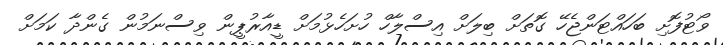
ވޯޓުފޮށި ބަހައްޓަންޖެހޭ ގޮތަށް ބިލަށް އިސްލާހް ހުށަހެޅުމަށް ޑީއާރުޕީން ވިސްނަމުން ގެންދާ ކަމަށް